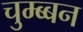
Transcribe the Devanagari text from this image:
चुम्ब्बन